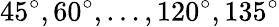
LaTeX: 45^{\circ},60^{\circ},\ldots,120^{\circ},135^{\circ}